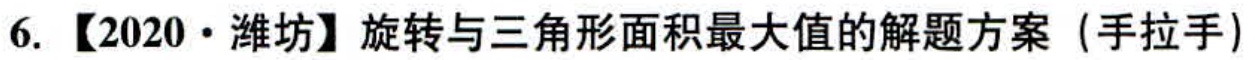
6. 【2020·潍坊】旋转与三角形面积最大值的解题方案（手拉手）